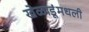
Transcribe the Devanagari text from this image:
खेळाडूंमधली